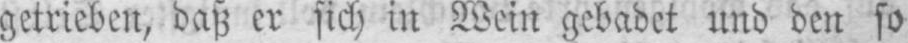
getrieben, daß er sich in Wein gebadet und den so